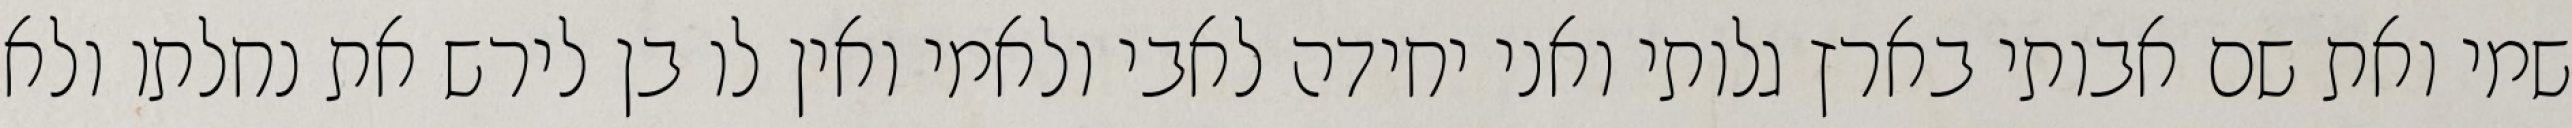
שמי ואת שם אבותי בארץ גלותי ואני יחידה לאבי ולאמי ואין לו בן לירש את נחלתו ולא